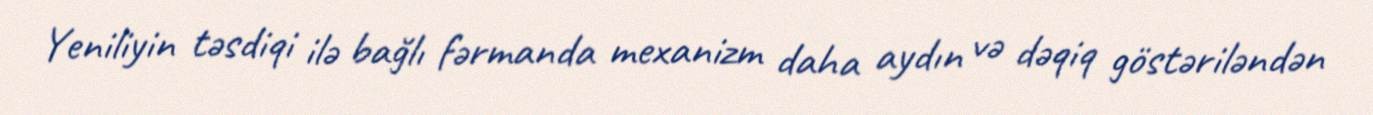
Yeniliyin təsdiqi ilə bağlı fərmanda mexanizm daha aydın və dəqiq göstəriləndən